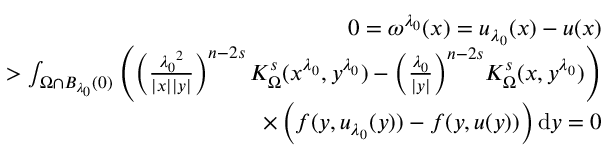
\begin{array} { r l r } & { } & { 0 = \omega ^ { \lambda _ { 0 } } ( x ) = u _ { \lambda _ { 0 } } ( x ) - u ( x ) } \\ & { } & { \, \, \, \, > \int _ { \Omega \cap B _ { \lambda _ { 0 } } ( 0 ) } \left( \left( \frac { { \lambda _ { 0 } } ^ { 2 } } { | x | | y | } \right) ^ { n - 2 s } K _ { \Omega } ^ { s } ( x ^ { \lambda _ { 0 } } , y ^ { \lambda _ { 0 } } ) - { \left( \frac { { \lambda _ { 0 } } } { | y | } \right) } ^ { n - 2 s } K _ { \Omega } ^ { s } ( x , y ^ { \lambda _ { 0 } } ) \right) } \\ & { } & { \qquad \times \left( f ( y , u _ { \lambda _ { 0 } } ( y ) ) - f ( y , u ( y ) ) \right) \mathrm d y = 0 } \end{array}